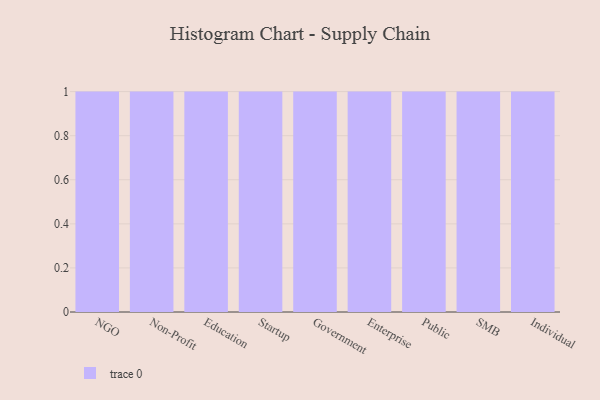
{"axis": {"x": "Segment", "y": "Revenue (USD Million)"}, "legend": [""], "data": [{"x": "NGO", "y": 47, "type": ""}, {"x": "Non-Profit", "y": 65, "type": ""}, {"x": "Education", "y": 91, "type": ""}, {"x": "Startup", "y": 2, "type": ""}, {"x": "Government", "y": 94, "type": ""}, {"x": "Enterprise", "y": 31, "type": ""}, {"x": "Public", "y": 51, "type": ""}, {"x": "SMB", "y": 49, "type": ""}, {"x": "Individual", "y": 36, "type": ""}]}